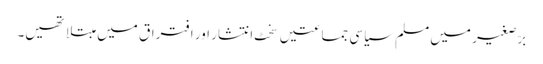
برّصغیر میں مسلم سیاسی جماعتیں سخٹ انتشار اور افتراق میں مبتلا تھیں۔